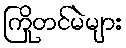
ကြိုတင်မဲများ